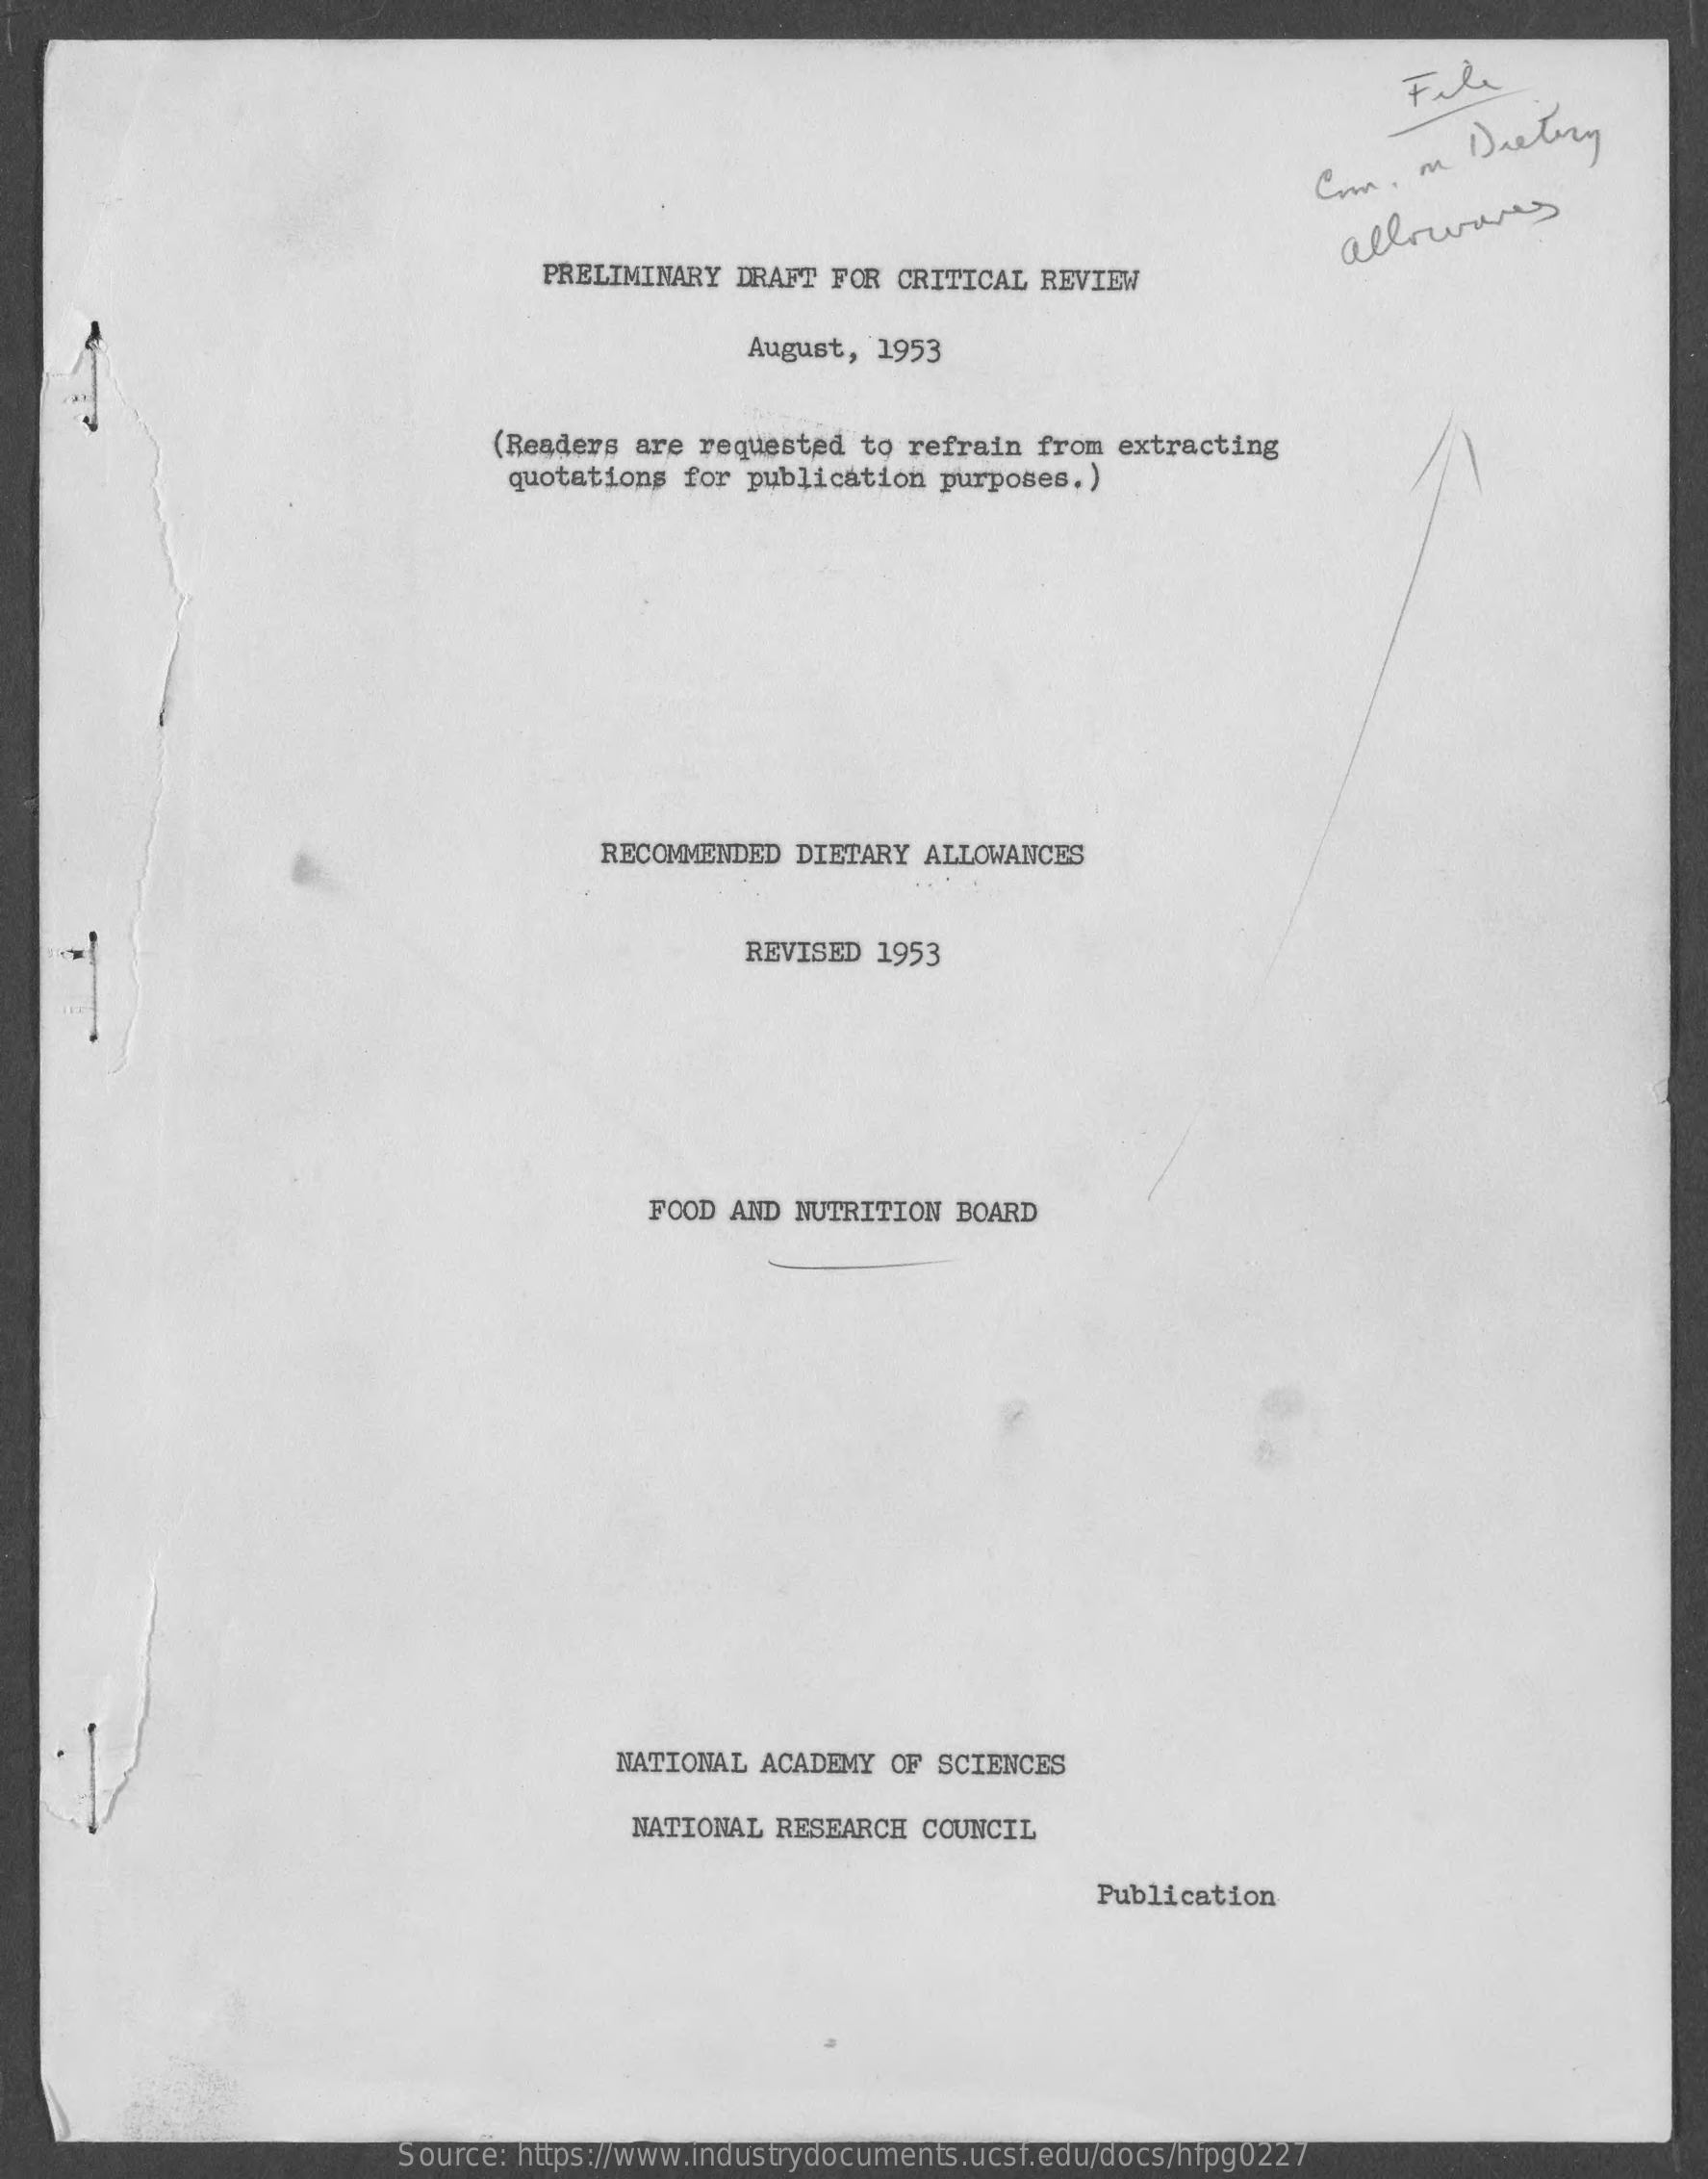
File
     Com,  on  Dietary
     PRELIMINARY  DRAFT FOR CRITICAL REVIEW
     allowares
     August, 1953
     (Readers are requested  to refrain from extracting
     quotations for publication  purposes. )
     RECOMMENDED  DIETARY ALLOWANCES
     REVISED  1953
     FOOD AND NUTRITION  BOARD
     NATIONAL ACADEMY  OF SCIENCES
     NATIONAL RESEARCH  COUNCIL
     Publication
     Source: https://www.industrydocuments.ucsf.edu/docs/hfpg0227